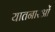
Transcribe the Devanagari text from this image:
यातनारओं